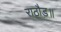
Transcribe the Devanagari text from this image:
राठौड़॥